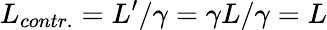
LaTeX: L_{contr.}=L^{\prime}/\gamma=\gamma L/\gamma=L